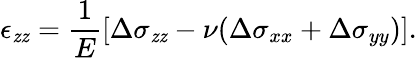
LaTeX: \epsilon_{\mathit{z}\mathit{z}}=\frac{{1}}{{E}}\left[\Delta\sigma_{\mathit{z}\mathit{z}}-\nu(\Delta\sigma_{xx}+\Delta\sigma_{yy})\right].